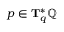
p \in \mathbf { T } _ { q } ^ { * } \mathbb { Q }